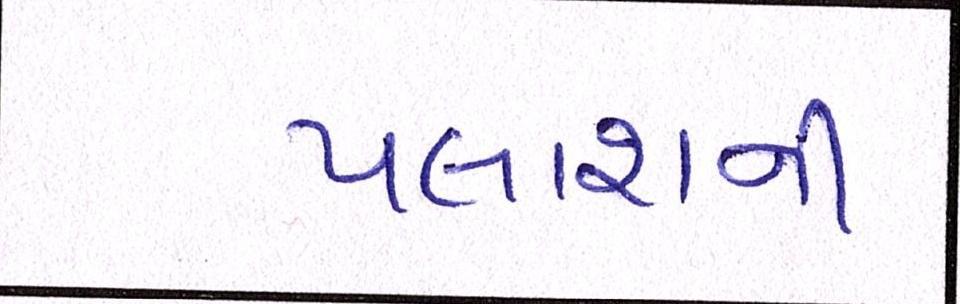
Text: પલાશની